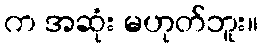
က အဆုံး မဟုတ်ဘူး။